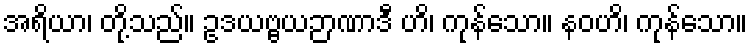
အရိယာ၊ တို့သည်။ ဥဒယဗ္ဗယဉာဏာဒီ ဟိ၊ ကုန်သော။ နဝဟိ၊ ကုန်သော။